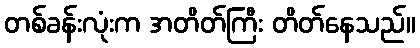
တစ်ခန်းလုံးက အတိတ်ကြီး တိတ်နေသည်။